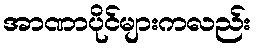
အာဏာပိုင်များကလည်း